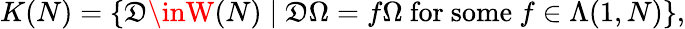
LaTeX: K(N)=\lbrace\mathfrak{D}\inW(N)\mid\mathfrak{D}\Omega=f\Omega\mathrm{{~for~some~}}f\in\Lambda(1,N)\rbrace,